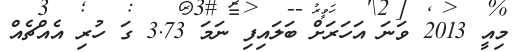
މިއީ 2013 ވަނަ އަހަރަށް ބަލައިފި ނަމަ 3.73 ގަ ހުރި އެއްޗެއް